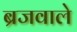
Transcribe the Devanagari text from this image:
ब्रजवाले